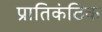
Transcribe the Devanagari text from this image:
प्रातिकंठिक